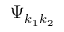
\Psi _ { k _ { 1 } k _ { 2 } }